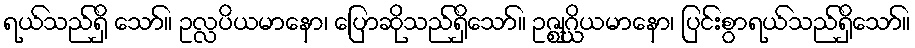
ရယ်သည်ရှိ သော်။ ဥလ္လပိယမာနော၊ ပြောဆိုသည်ရှိသော်။ ဥဇ္ဈဂ္ဃိယမာနော၊ ပြင်းစွာရယ်သည်ရှိသော်။